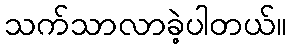
သက်သာလာခဲ့ပါတယ်။